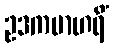
ဥဒကမာဟရိံ